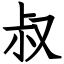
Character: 叔